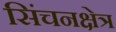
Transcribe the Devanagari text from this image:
सिंचनक्षेत्र